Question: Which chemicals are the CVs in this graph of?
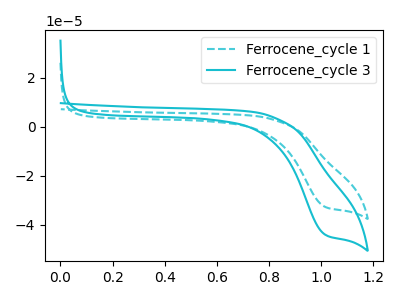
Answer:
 <answer>The cyan dashed curve is labeled "Ferrocene_cycle 1". The cyan curve is labeled "Ferrocene_cycle 3".</answer>
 <eval></eval>